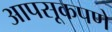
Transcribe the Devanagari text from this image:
आपसूकपणे